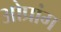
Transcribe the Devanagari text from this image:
ओप्रांग